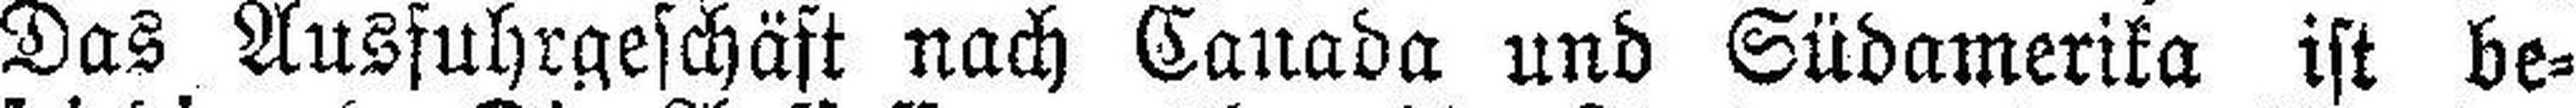
Das Ausfuhrgeschäft nach Canada und Südamerika ist be¬